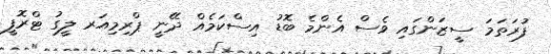
ފުރަތަމަ ސީޒަންގައި ވެސް އެންމެ ބޮޑު އިސްކަމެއް ދޭނީ ޕްރިމިއަރ ލީގު ޓްރޮފީ